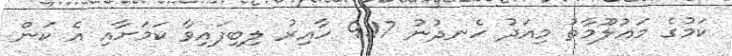
ކަމުގެ މައުލޫމާތު މިއަދު ހެނދުނު 9:17 ހާއިރު ލިބިފައިވާ ކަމަށާއި އެ ކަން